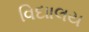
વિદાાલય